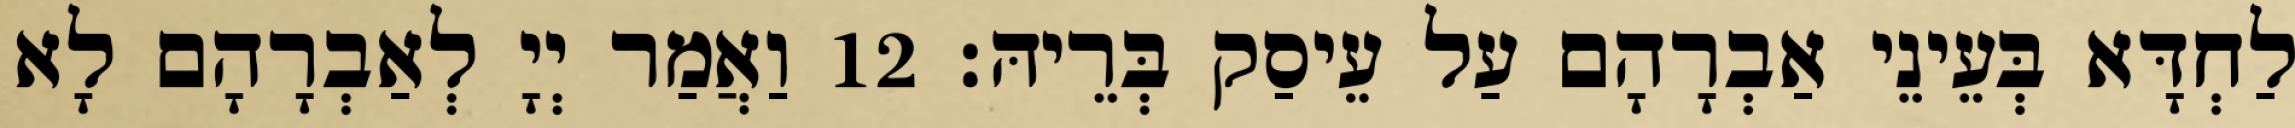
לַחְדָּא בְּעֵינֵי אַבְרָהָם עַל עֵיסַק בְּרֵיהּ׃ 12 וַאֲמַר יְיָ לְאַבְרָהָם לָא